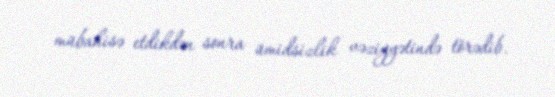
mübahisə etdikdən sonra ümidsizlik vəziyyətində törədib.